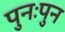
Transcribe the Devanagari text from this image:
पुनःपुन